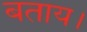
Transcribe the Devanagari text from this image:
बताय।